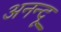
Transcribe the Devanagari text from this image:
अनन्‍दू